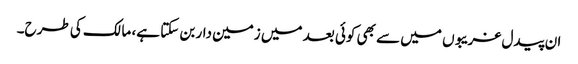
ان پیدل غریبوں میں سے بھی کوئی بعد میں زمین دار بن سکتا ہے، مالک کی طرح۔